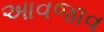
આવજાવ